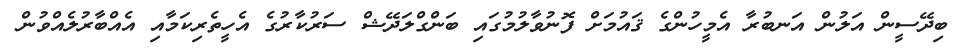
ބިދޭސީން އަލުން އަނބުރާ އެމީހުންގެ ޤައުމަށް ފޮނުވާލުމުގައި ބަންގްލަދޭޝް ސަރުކާރުގެ އެހީތެރިކަމާއި އެއްބާރުލެއްވުން